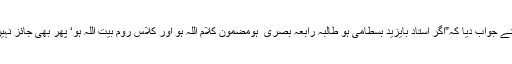
تو اس نے جواب دیا کہ”اگر استاد بایزید بسطامیؒ ہو طالبہ رابعہ بصری ؒ ہومضمون کلام اللہ ہو اور کلاس روم بیت اللہ ہو‘ پھر بھی جائز نہیں ہے“۔